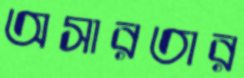
অসারতার